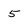
Character: 5